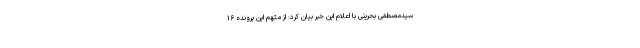
سیدمصطفی بحرینی با اعلام این خبر بیان کرد: از متهم این پرونده ۱۶